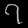
Digit: ၇